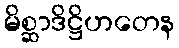
မိစ္ဆာဒိဋ္ဌိဟတေန